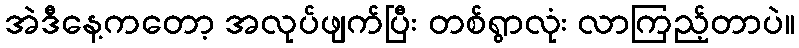
အဲဒီနေ့ကတော့ အလုပ်ဖျက်ပြီး တစ်ရွာလုံး လာကြည့်တာပဲ။